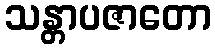
သန္တာပဇာတော